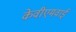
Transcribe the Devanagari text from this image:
केवीएमवाई